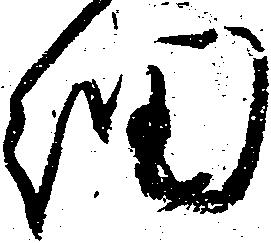
細